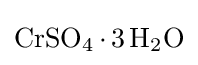
{\ce {CrSO4.3H2O}}